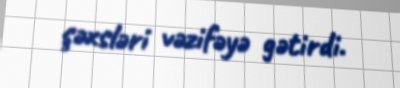
şəxsləri vəzifəyə gətirdi.